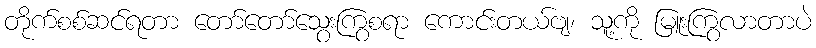
တိုက်စစ်ဆင်ရတာ တော်တော်သွေးကြွစရာ ကောင်းတယ်ဗျ၊ သူ့ကို မြူးကြွလာတာပဲ